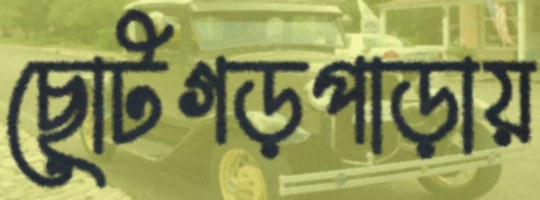
ছোটগড়পাড়ায়